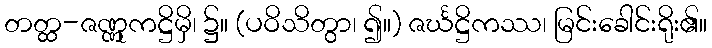
တတ္ထ-ဇဏ္ဏုကဋ္ဌိမှိ၊ ၌။ (ပဝိသိတွာ၊ ၍။) ဇင်္ဃဋ္ဌိကဿ၊ မြင်းခေါင်းရိုး၏။